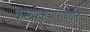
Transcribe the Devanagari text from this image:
कन्याकुमारीपर्यंतचा